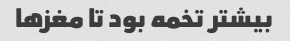
بیشتر تخمه بود تا مغزها